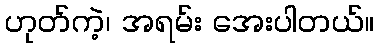
ဟုတ်ကဲ့၊ အရမ်း အေးပါတယ်။